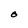
Character: O